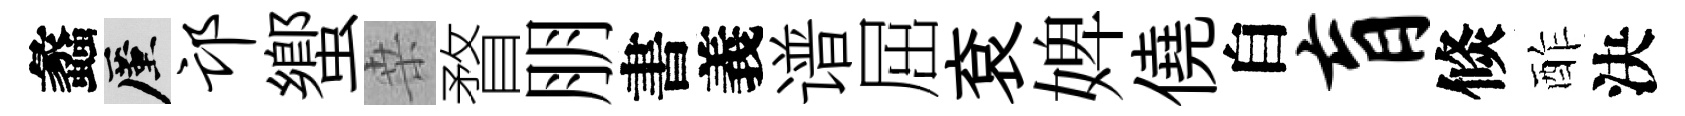
蠡厪邙蠁桒瞀朋書義谱屈袞婢僥自肓倐酢決